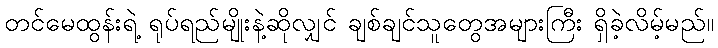
တင်မေထွန်းရဲ့ ရုပ်ရည်မျိုးနဲ့ဆိုလျှင် ချစ်ချင်သူတွေအများကြီး ရှိခဲ့လိမ့်မည်။